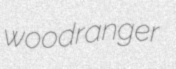
woodranger